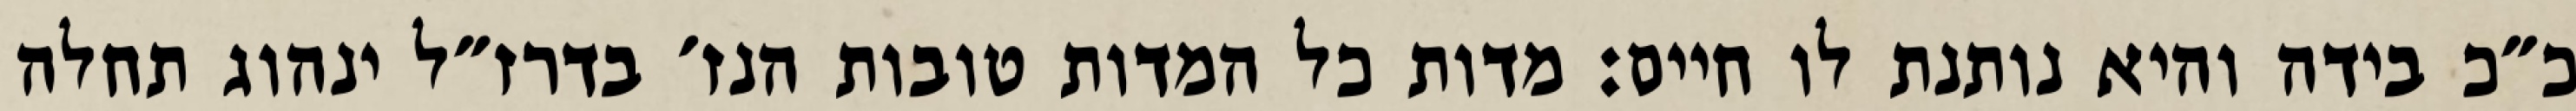
כ״כ בידה והיא נותנת לו חיים: מדות כל המדות טובות הנז׳ בדרז״ל ינהוג תחלה